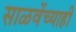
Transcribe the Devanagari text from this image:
साळवेंच्याही